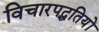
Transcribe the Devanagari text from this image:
विचारपद्धतियों